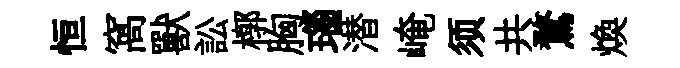
恒窩獸訟槨胸瑙潜崦须共鶩煥